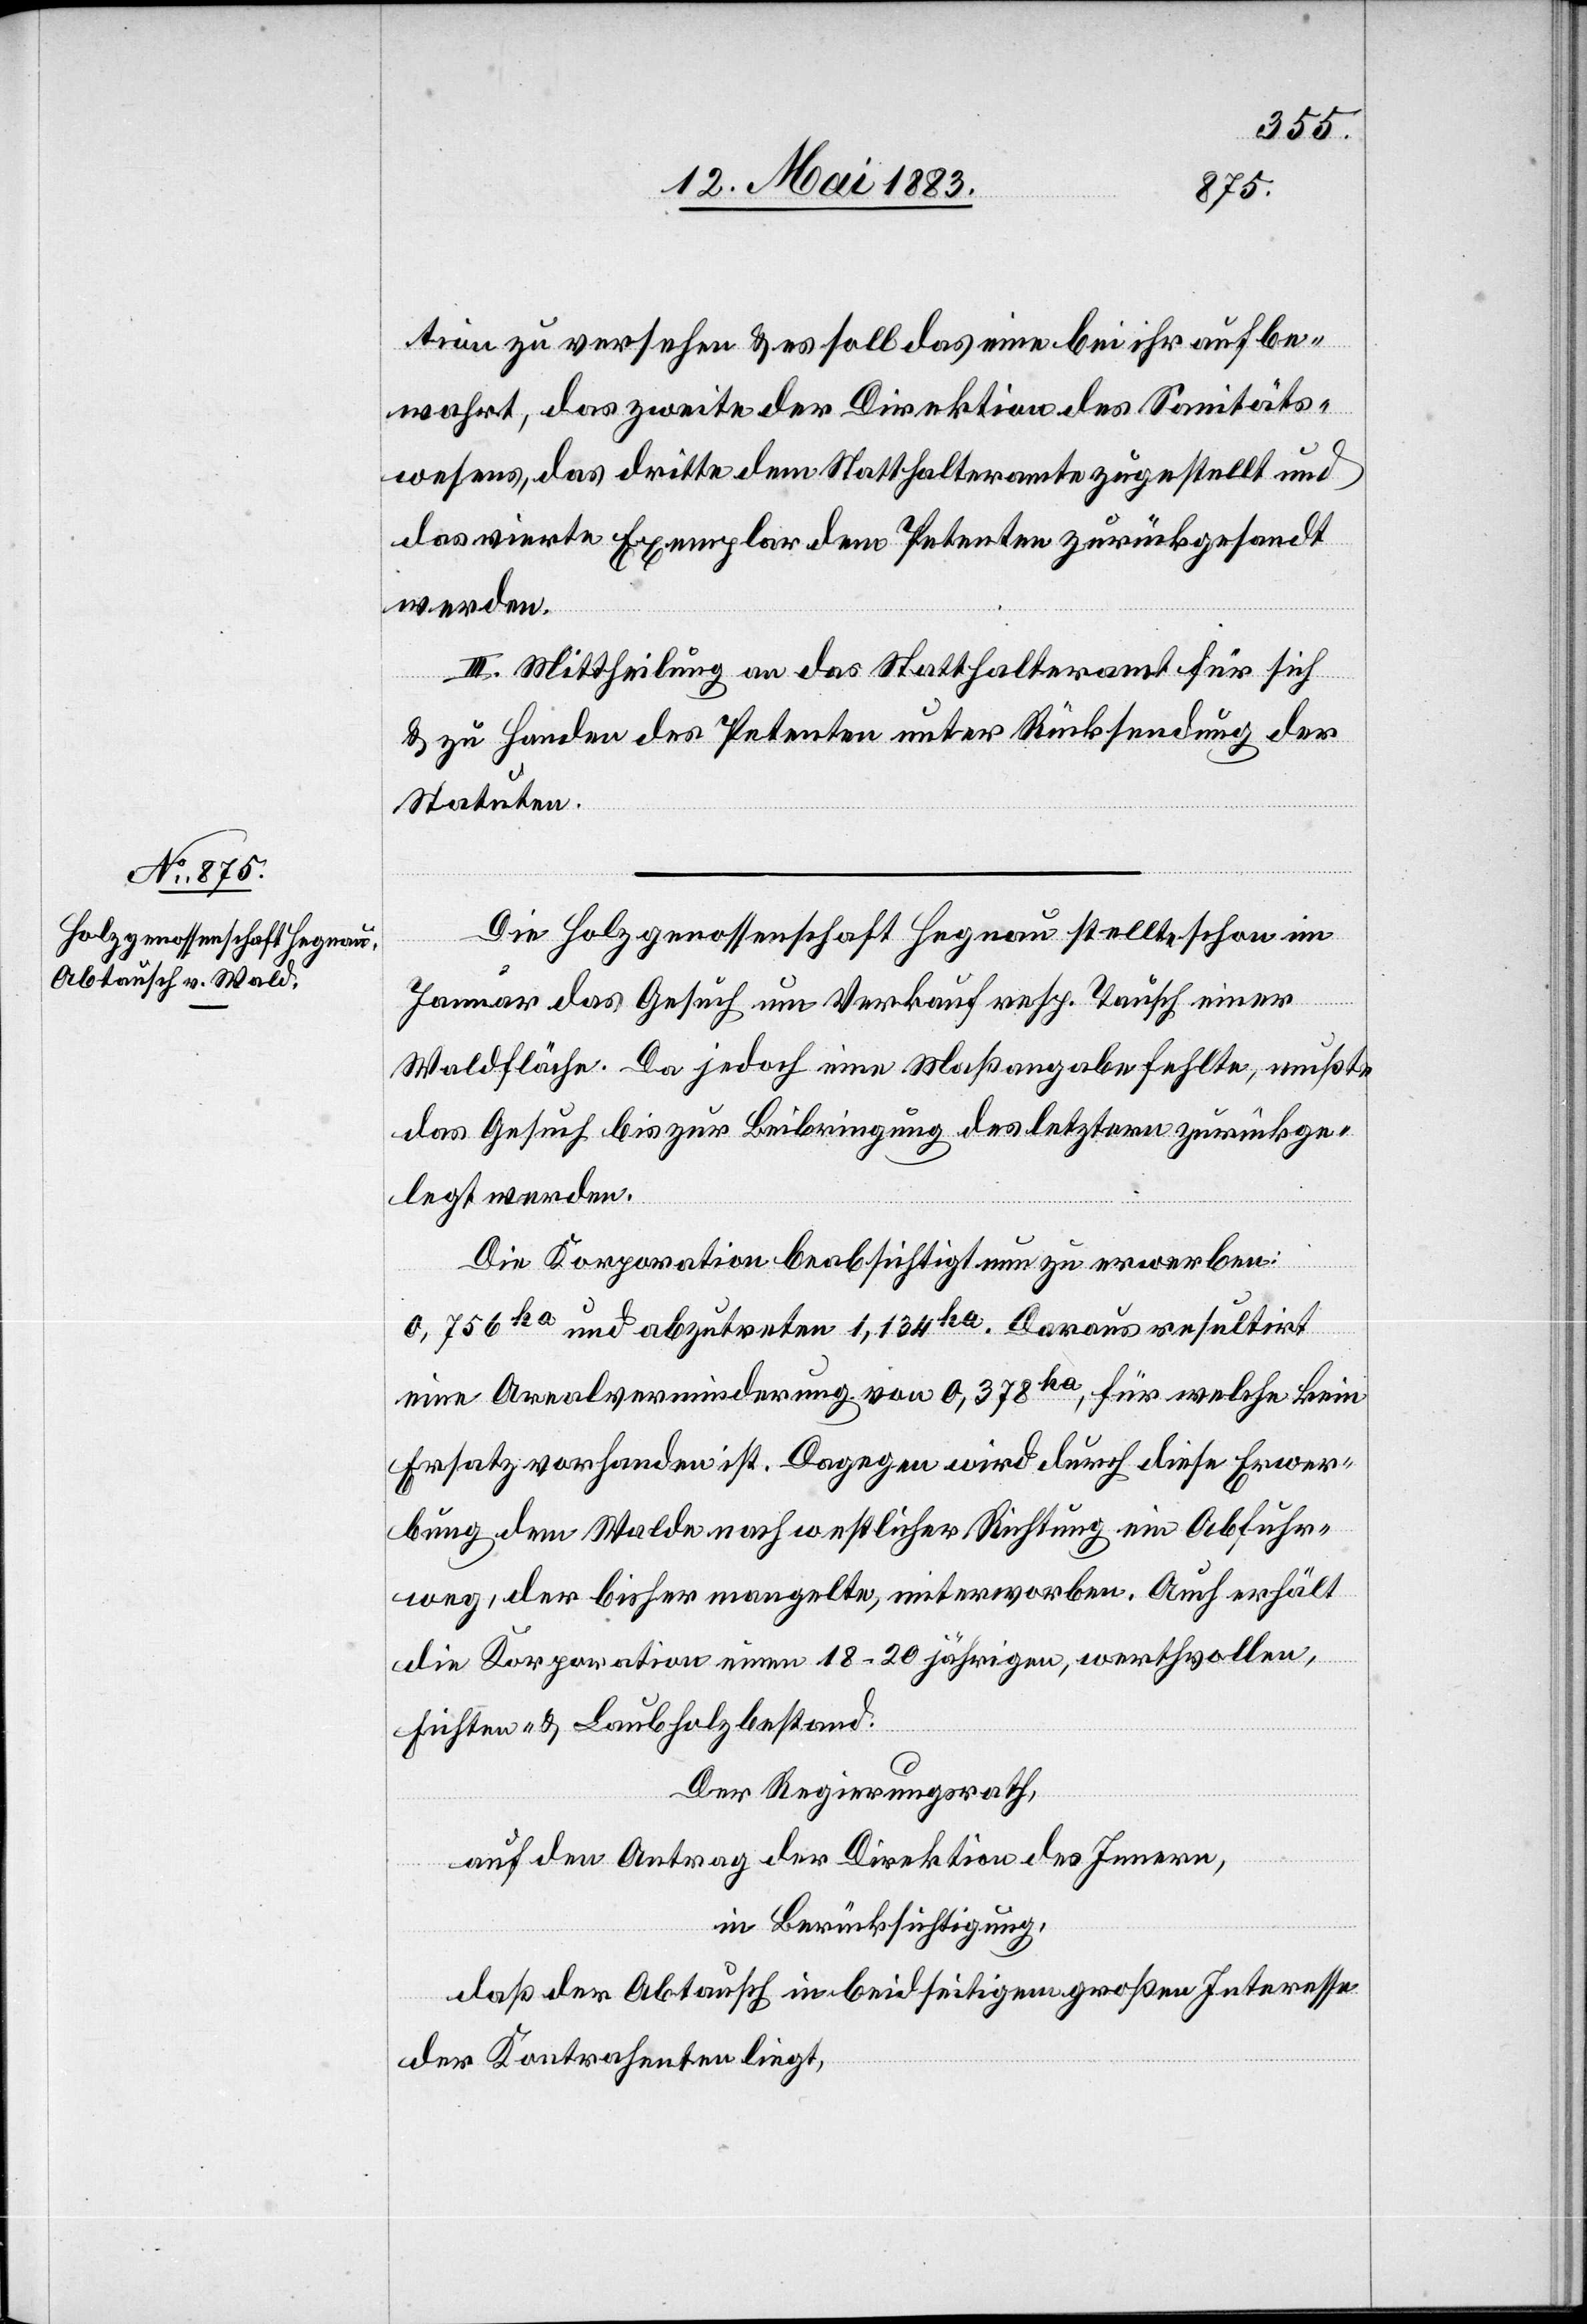
tion zu versehen & es soll das eine bei ihr aufbe¬
wahrt, das zweite der Direktion des Sanitäts¬
wesens, das dritte dem Statthalteramte zugestellt und
das vierte Exemplar dem Petenten zurückgesandt
werden.
III. Mittheilung an das Statthalteramt für sich
& zu Handen des Petenten unter Rücksendung der
Statuten.
Die Holzgenossenschaft Hegnau stellte schon im
Januar das Gesuch um Verkauf resp. Tausch einer
Waldfläche. Da jedoch eine Maßangabe fehlte, mußte
das Gesuch bis zur Beibringung des letztern zurückge¬
legt werden.
Die Korporation beabsichtigt nun zu erwerben:
0,756ha und abzutreten 1,134ha. Daraus resultirt
eine Arealverminderung von 0,378ha, für welche kein
Ersatz vorhanden ist. Dagegen wird durch diese Erwer¬
bung dem Walde nach westlicher Richtung ein Abfuhr¬
weg, der bisher mangelte, miterworben. Auch erhält
die Korporation einen 18–20 jährigen, werthvollen,
Fichten- & Laubholzbestand.
Der Regierungsrath,
auf den Antrag der Direktion des Innern,
in Berücksichtigung,
daß der Abtausch in beidseitigem großen Interesse
des Kontrahenten liegt,